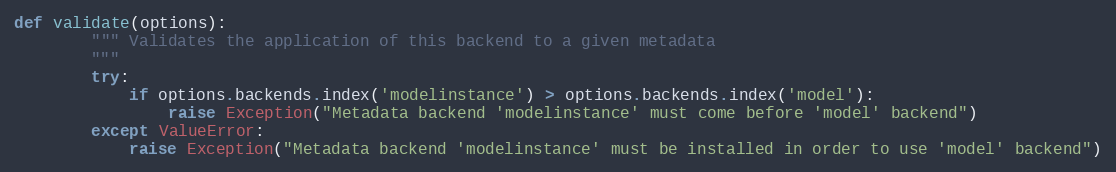
Language: Python
def validate(options):
        """ Validates the application of this backend to a given metadata
        """
        try:
            if options.backends.index('modelinstance') > options.backends.index('model'):
                raise Exception("Metadata backend 'modelinstance' must come before 'model' backend")
        except ValueError:
            raise Exception("Metadata backend 'modelinstance' must be installed in order to use 'model' backend")